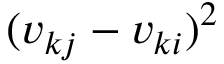
( v _ { k j } - v _ { k i } ) ^ { 2 }